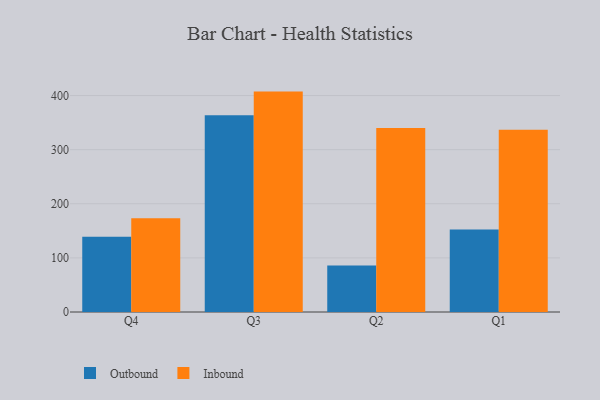
{"axis": {"x": "Quarter", "y": "Production Output"}, "legend": ["Inbound", "Outbound"], "data": [{"x": "Q4", "y": 139.0, "type": "Outbound"}, {"x": "Q4", "y": 173.1, "type": "Inbound"}, {"x": "Q3", "y": 363.5, "type": "Outbound"}, {"x": "Q3", "y": 407.3, "type": "Inbound"}, {"x": "Q2", "y": 86.1, "type": "Outbound"}, {"x": "Q2", "y": 340.0, "type": "Inbound"}, {"x": "Q1", "y": 152.5, "type": "Outbound"}, {"x": "Q1", "y": 336.6, "type": "Inbound"}]}